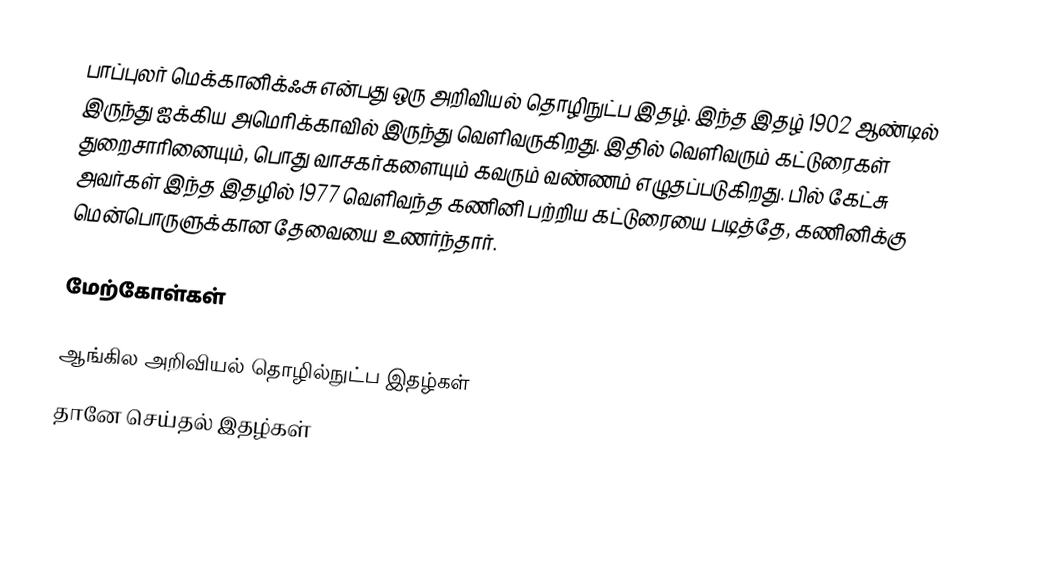
பாப்புலர் மெக்கானிக்ஃசு என்பது ஒரு அறிவியல் தொழிநுட்ப இதழ்.  இந்த இதழ் 1902 ஆண்டில் இருந்து ஐக்கிய அமெரிக்காவில் இருந்து வெளிவருகிறது.  இதில் வெளிவரும் கட்டுரைகள் துறைசாரினையும், பொது வாசகர்களையும் கவரும் வண்ணம் எழுதப்படுகிறது.  பில் கேட்சு அவர்கள் இந்த இதழில் 1977 வெளிவந்த கணினி பற்றிய கட்டுரையை படித்தே, கணினிக்கு மென்பொருளுக்கான தேவையை உணர்ந்தார்.

மேற்கோள்கள்

ஆங்கில அறிவியல் தொழில்நுட்ப இதழ்கள்
தானே செய்தல் இதழ்கள்